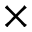
\times